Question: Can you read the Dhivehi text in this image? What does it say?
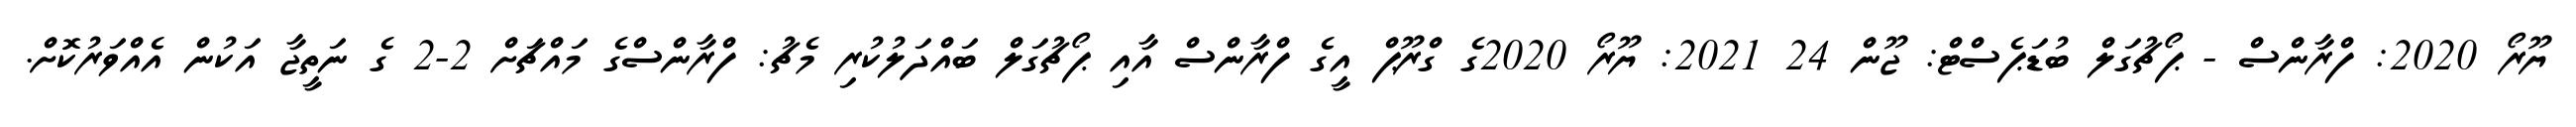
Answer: ޔޫރޯ 2020: ފްރާންސް - ޕޯޗުގަލް ބުޑަޕެސްޓް: ޖޫން 24 2021: ޔޫރޯ 2020ގެ ގްރޫޕް އީގެ ފްރާންސް އާއި ޕޯޗުގަލް ބައްދަލުކުރި މެޗު: ފްރާންސްގެ މައްޗަށް 2-2 ގެ ނަތީޖާ އަކުން އެއްވަރުކޮށް.